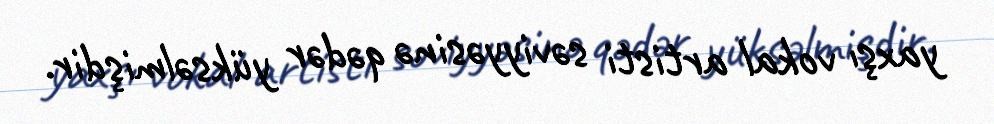
yaxşı vokal artisti səviyyəsinə qədər yüksəlmişdir.